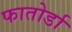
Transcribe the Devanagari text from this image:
फातोर्डा